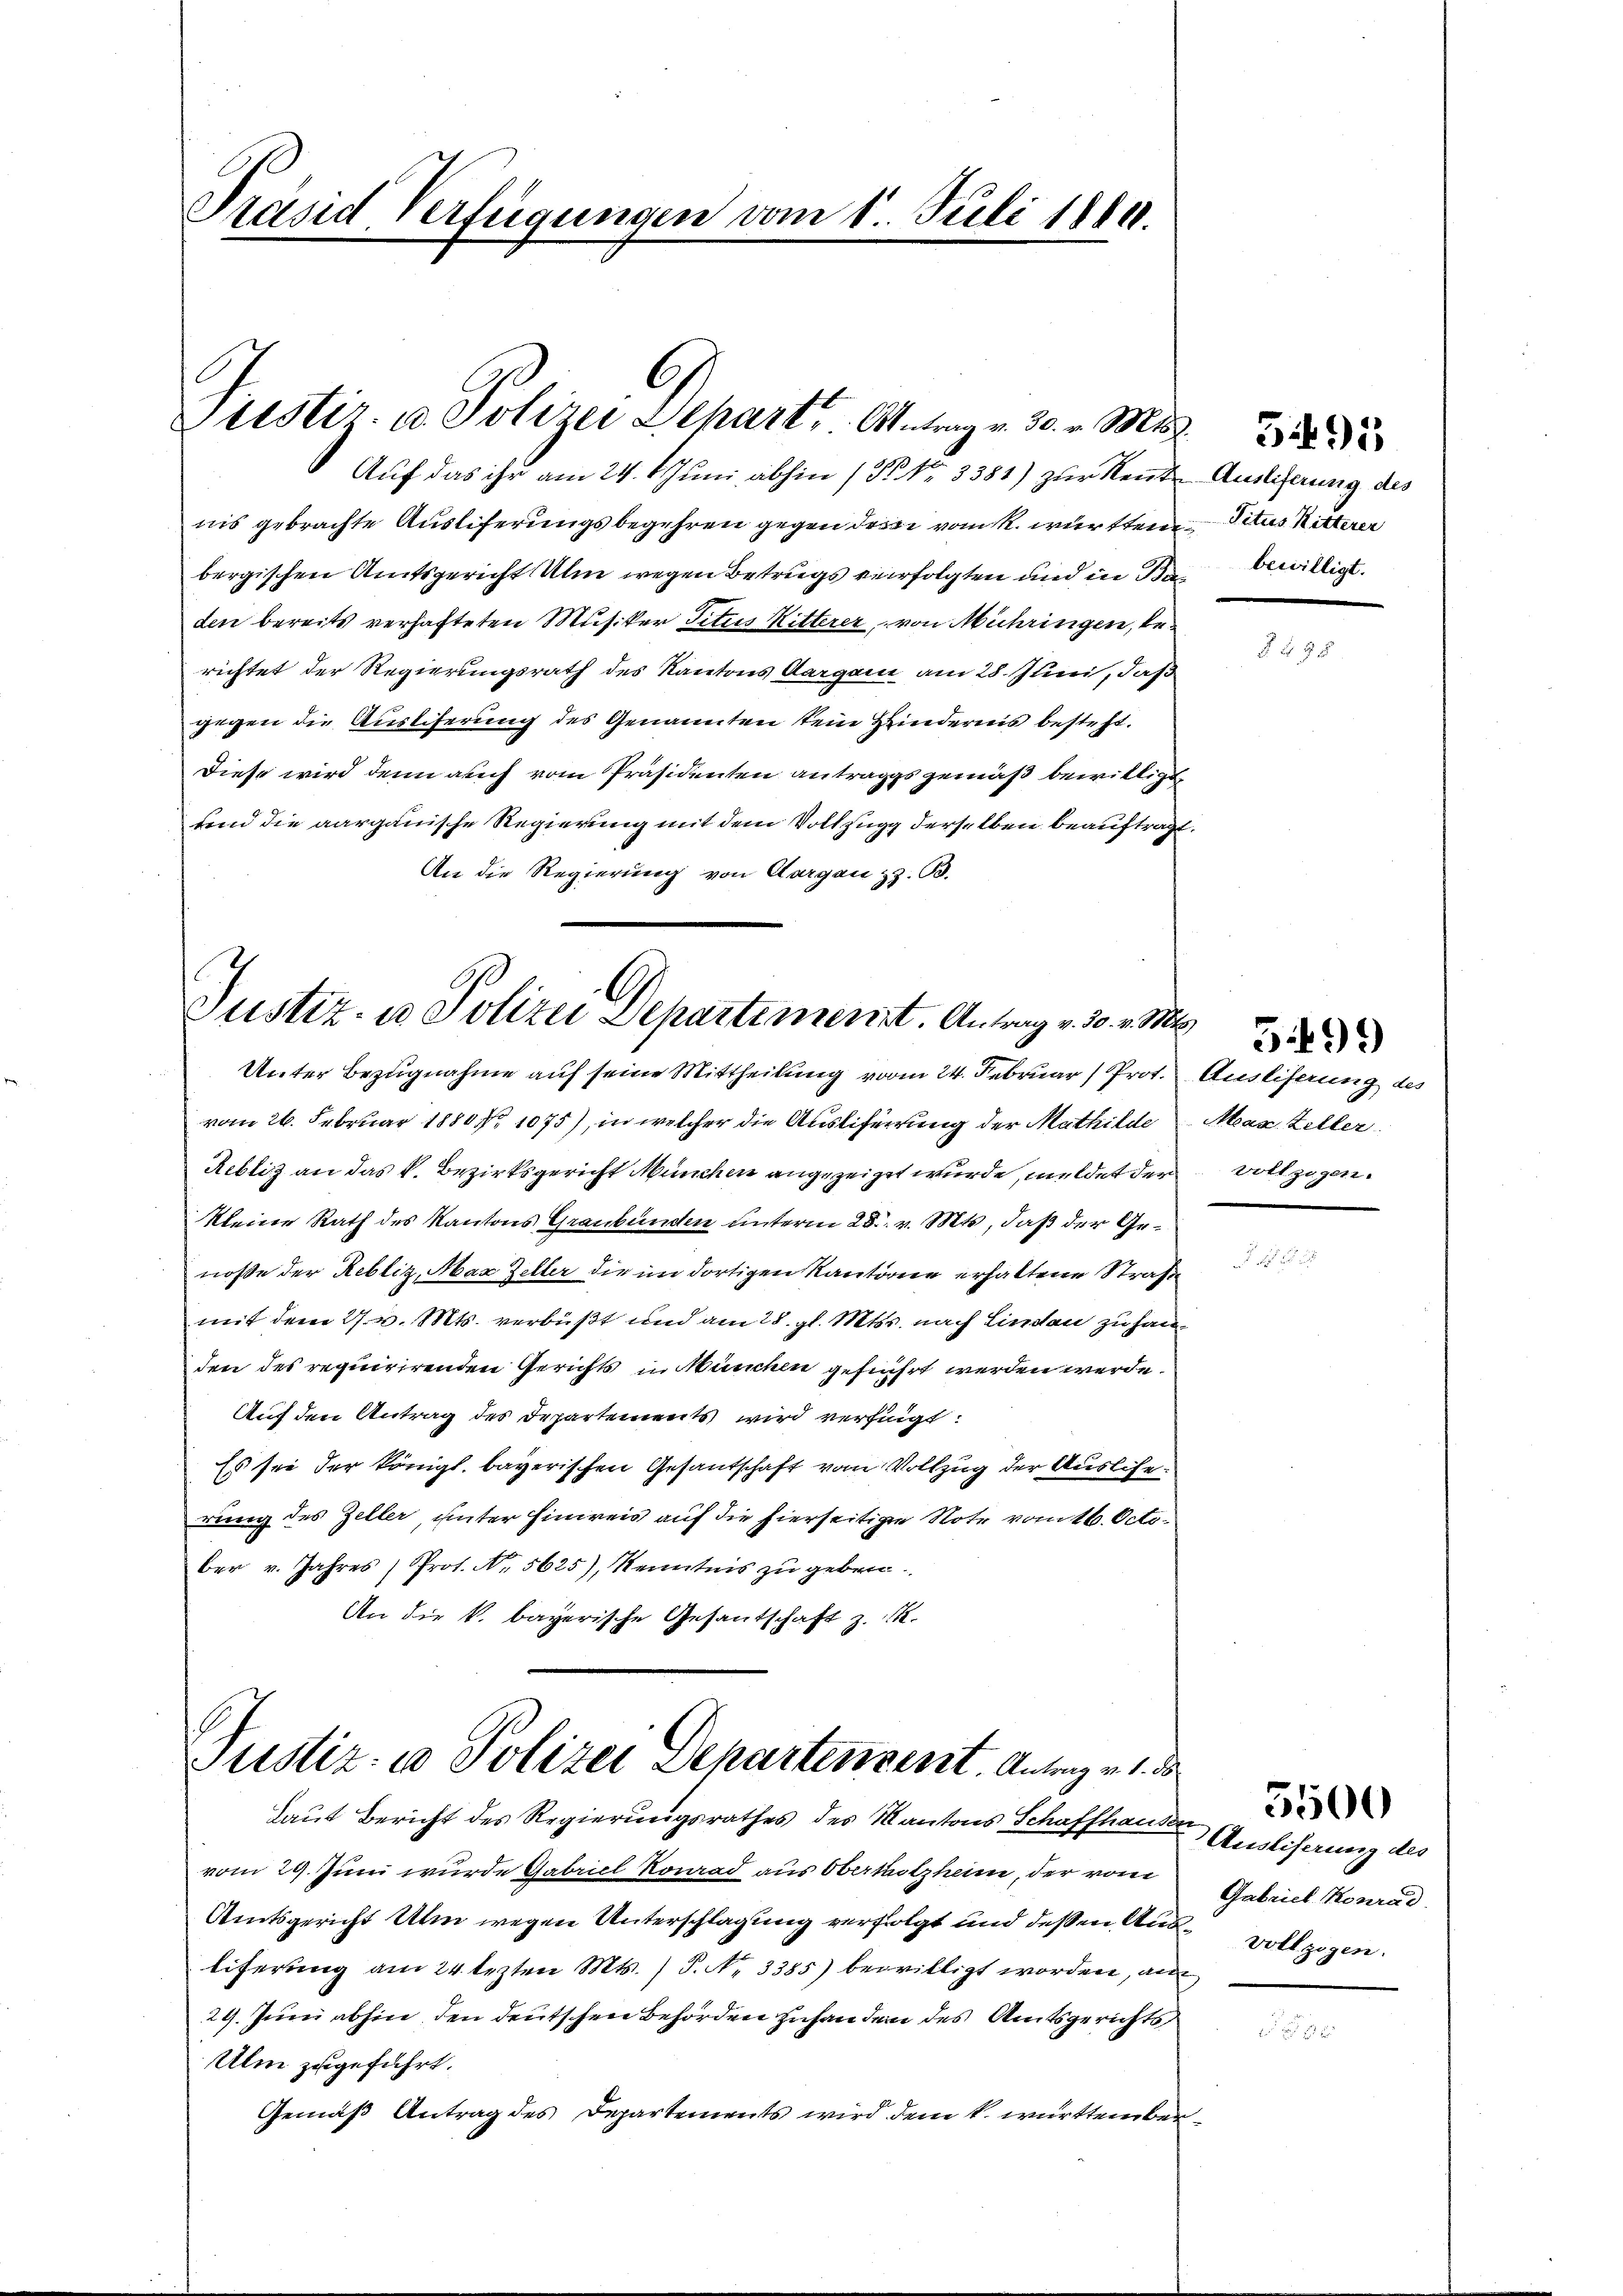
Präsid Verfügungen vom 1. Juli 1880.

Siestir. u. Polizei Depart, Antrag v. 30. v. M.
Auf das ihr am 24. Juni abhin (P. Nr. 3381) zur Rente Auslieferung des

nis gebrachte Ausliferungsbegehren gegen des vom k. württem Situs Ritterer
bergischen Amtsgericht Ulm wegen Betrugs verfolgten und in Bau bewilligt.
den bereits verhafteten Musiker Titus Ritterer, von Mühringen, berichtet der Regierungsrath des Kantons Aargau am 28. Juni, daß
gegen die Ausliferung des Genannten sein Hindernis besteht.
Diese wird denn auch vom Präsidenten antrages gemäß bewilligt
fend die aargauische Regierung mit dem Vollzug derselben beauftragt.
An die Regierung von Aargau z. B.

Justiz- u Polizei Departiment. Antrag v. 30. v. M
Unter Bezugnahme auf seine Mittheilung vom 24. Februar (Prot. Ausliferung des

vom 26. Februar 1880, 1075), in welcher die Ausliferrung der Mathilde Max Zeller
Rebtiz an das k. Bezirksgericht München angezeigt wurde, meldet der vollzogenkleine Rath des Kantons Graubünden unterm 28. v. Mts, daß der Genose der Rebliz, Max Zeller die im dortigen Kantone erhaltene Straf
mit dem 27. v. Mts. verbüßt und am 28. gl. Mtss. nach Lindau zu handen des requirirenden Gerichts in München geführt werden werde.
Auf den Antrag des Departements wird verfügt:
Es sie der königl. bayerischen Gesandschaft vom Vollzug der Ausliserung des Zeller, unter Einweis auf die hierseitigen Note vom 16. October v. Jahres, Prof. No. 5625), Kenntnis zu geben.
An die k. bayerische Gesantschaft z. 11.

Justiz- u Polizei Departensent. Antrag v. 1. d
Laut Bericht des Regierungsrathes des Kantons Schaffhausen Ausliferung des

vom 29. Juni wurde Gabriel Konrad aus Oberholzheim, der vom
Amtsgericht Ulm wegen Unterschlagung verfolgt und deßen Aus-vollzogen.
Eiferung am 24. lezten Mts. ) P. Nr. 3385) bewilligt worden, an
29. Juni abhin den deutschen Behörden zuhandern des Amtsgerichts
Ulm zugeführt.
Gemäβ Antrag des Departements wird dem k. württember¬

Gabriel Konrad

5500